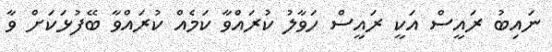
ނައިބު ރައީސް އަކީ ރައީސް ހަވާލު ކުރައްވާ ކަމެއް ކުރައްވާ ބޭފުޅަކަށް ވާ